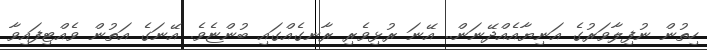
ހިތުން ނުފިލާވަރުގެ އަނިޔާއެއްދޭނަން.. އޭނަ ރުޅިވެރި ރާނގެއްގައި ބުންޏެވެ. އޭނަގެ އަތުން ވެއްޓިފައިވާ